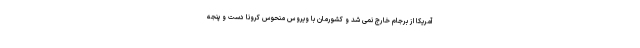
آمریکا از برجام خارج نمی شد و کشورمان با ویروس منحوس کرونا دست و پنجه